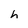
Character: h